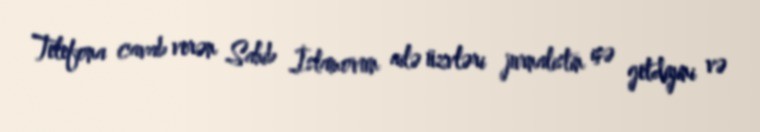
Telefona cavab verən Sahib İslamovun ailə üzvləri jurnalistin işə getdiyini və